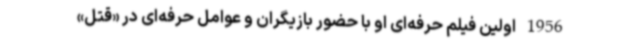
1956 اولین فیلم حرفه‌ای او با حضور بازیگران و عوامل حرفه‌ای در «قتل»